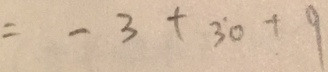
= - 3 + 3 0 + 9